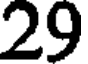
29